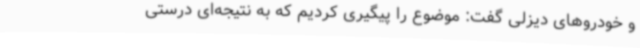
و خودروهای دیزلی گفت: موضوع را پیگیری کردیم که به نتیجه‌ای درستی